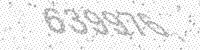
Solution: 639976